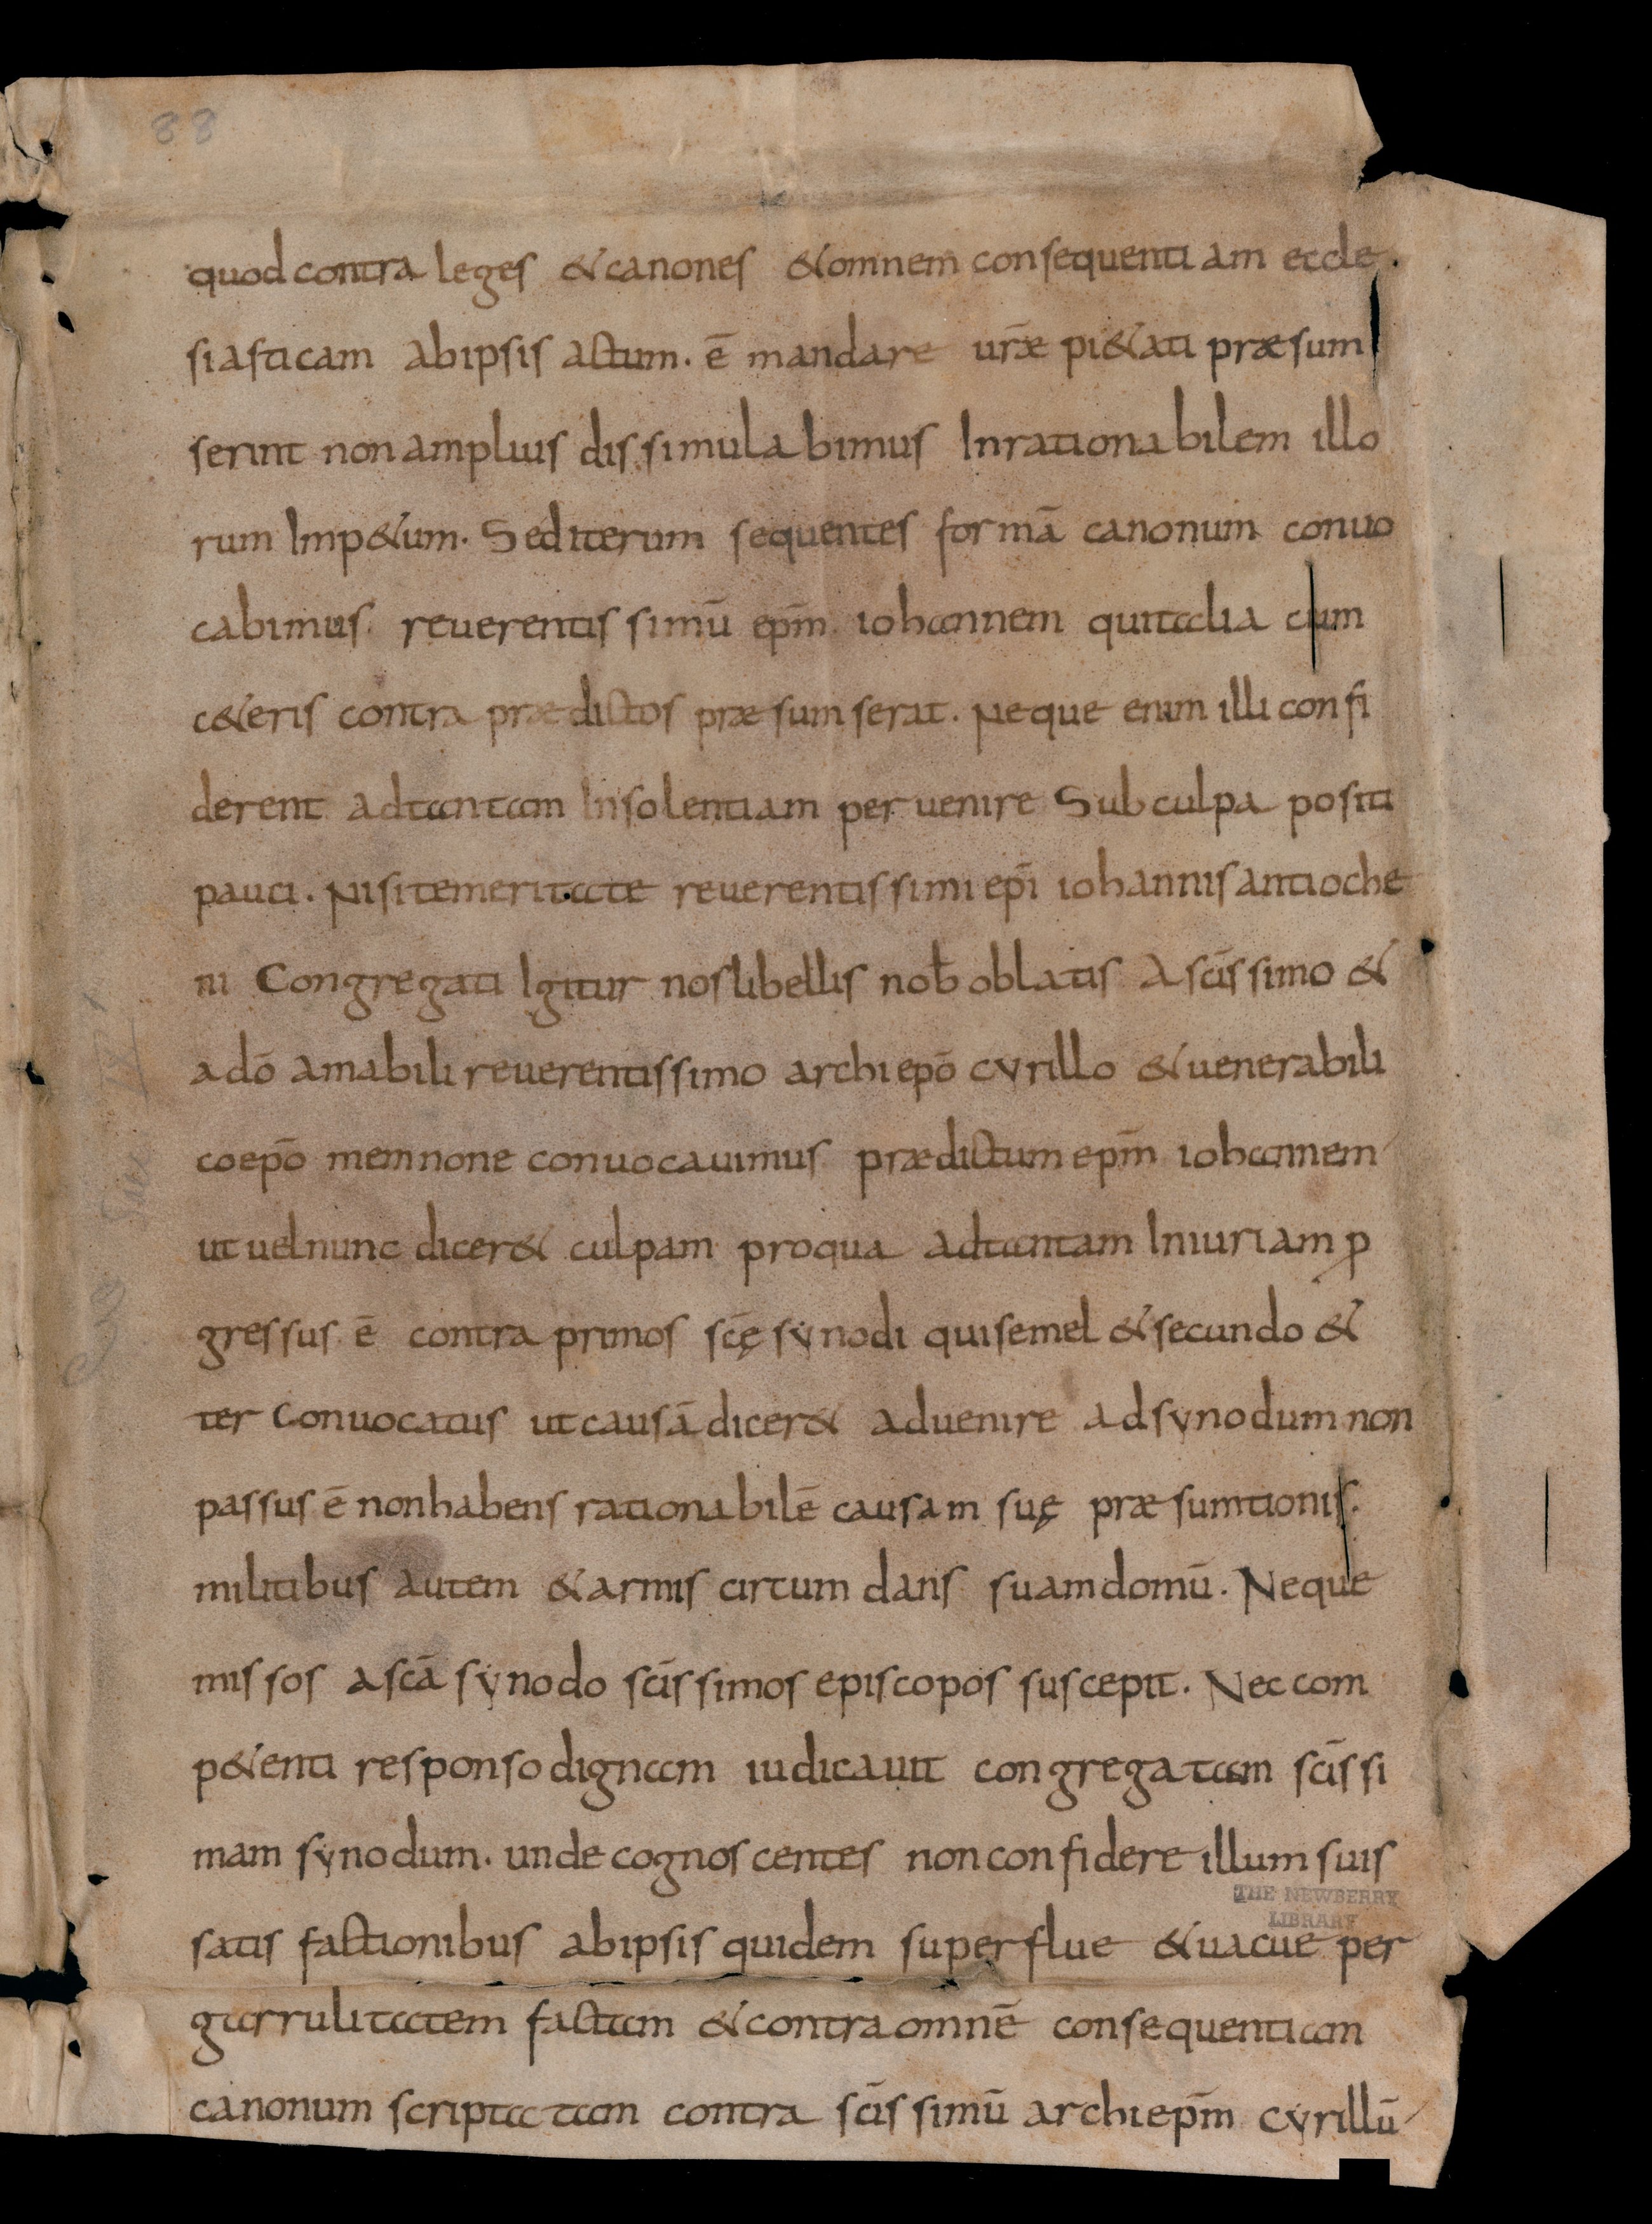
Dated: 834–865